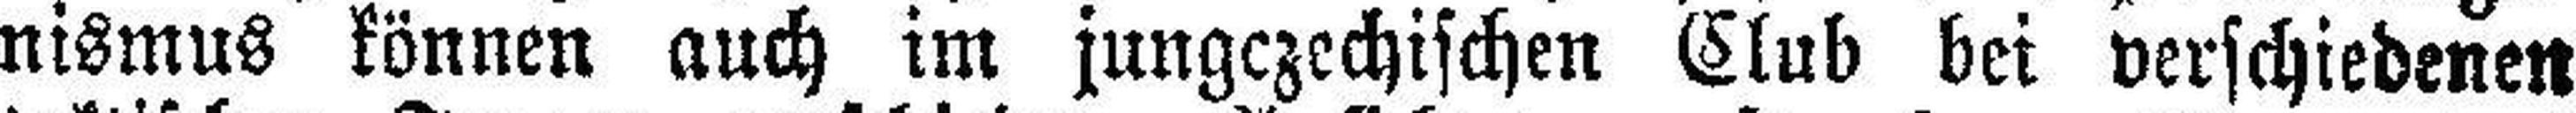
nismus können auch im jungczechischen Club bei verschiedenen